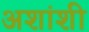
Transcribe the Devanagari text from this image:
अशांशी